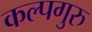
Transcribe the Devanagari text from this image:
कल्पगुरु